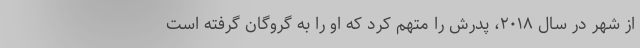
از شهر در سال ۲۰۱۸، پدرش را متهم کرد که او را به گروگان گرفته است